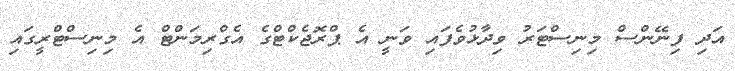
އަދި ފިނޭންސް މިނިސްޓަރު ވިދާޅުވެފައި ވަނީ އެ ޕްރޮޖެކްޓްގެ އެގްރިމަންޓް އެ މިނިސްޓްރީގައި